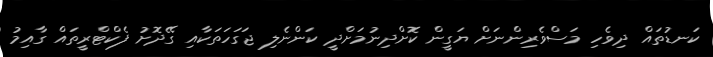
ކަނޑުތައް ދިވެހި މަސްވެރިންނަށް ޔަގީން ކޮށްދިނުމަށްދީ ކަންނެލި ޖަގަހަތަކާއި ގޭދޮށު ފެކްޓްރީތައް ގާއިިމު